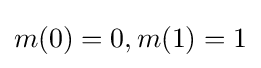
m(0)=0,m(1)=1